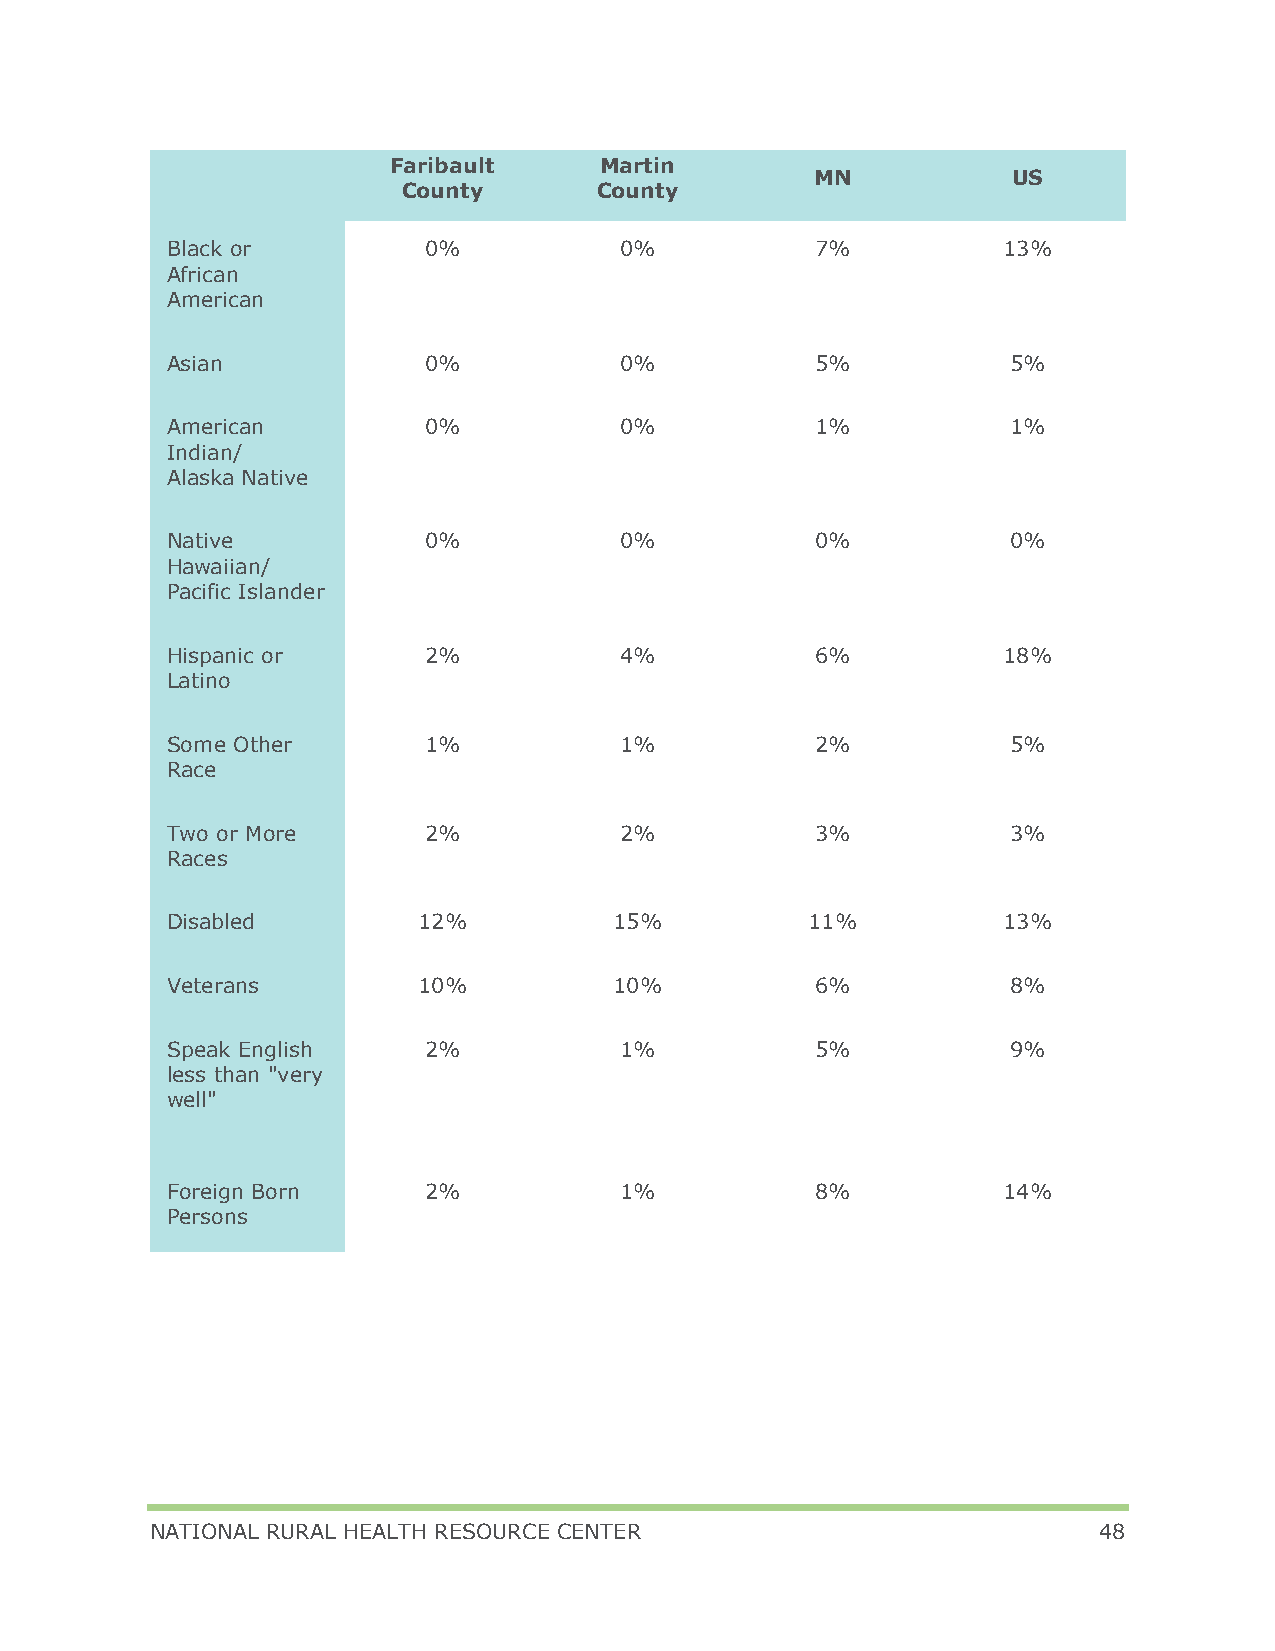
Faribault     Martin
 MN           US
 County      County
 Black or         0%           0%           7%          13%
 African
 American
 Asian            0%           0%           5%           5%
 American         0%           0%           1%           1%
 Indian/
 Alaska Native
 Native           0%           0%           0%           0%
 Hawaiian/
 Pacific Islander
 Hispanic or      2%           4%           6%          18%
 Latino
 Some Other       1%           1%           2%           5%
 Race
 Two or More      2%           2%           3%           3%
 Races
 Disabled         12%          15%          11%         13%
 Veterans         10%          10%          6%           8%
 Speak English    2%           1%           5%           9%
 less than "very
 well"
 Foreign Born     2%           1%           8%          14%
 Persons
 NATIONAL RURAL HEALTH RESOURCE CENTER                          48